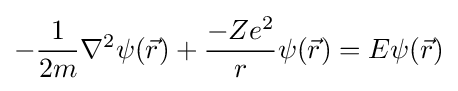
-{\frac {1}{2m}}\nabla ^{2}\psi ({\vec {r}})+{\frac {-Ze^{2}}{r}}\psi ({\vec {r}})=E\psi ({\vec {r}})